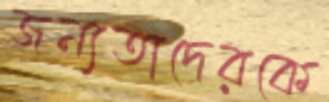
জন্যতাদেরকে